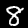
Digit: 8